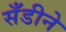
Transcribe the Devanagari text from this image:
सँडीने